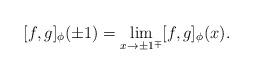
LaTeX: \begin{align*}\lbrack f,g]_{\phi}(\pm1)=\lim_{x\rightarrow\pm1^{\mp}}[f,g]_{\phi}(x).\end{align*}